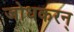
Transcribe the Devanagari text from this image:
जोधकरन्